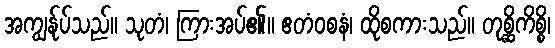
အကျွန်ုပ်သည်။ သုတံ၊ ကြားအပ်၏။ ဧတံဝစနံ၊ ထိုစကားသည်။ တုစ္ဆိကိစ္စိ၊